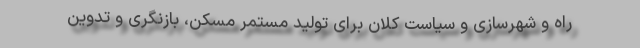
راه و شهرسازی و سیاست کلان برای تولید مستمر مسکن، بازنگری و تدوین